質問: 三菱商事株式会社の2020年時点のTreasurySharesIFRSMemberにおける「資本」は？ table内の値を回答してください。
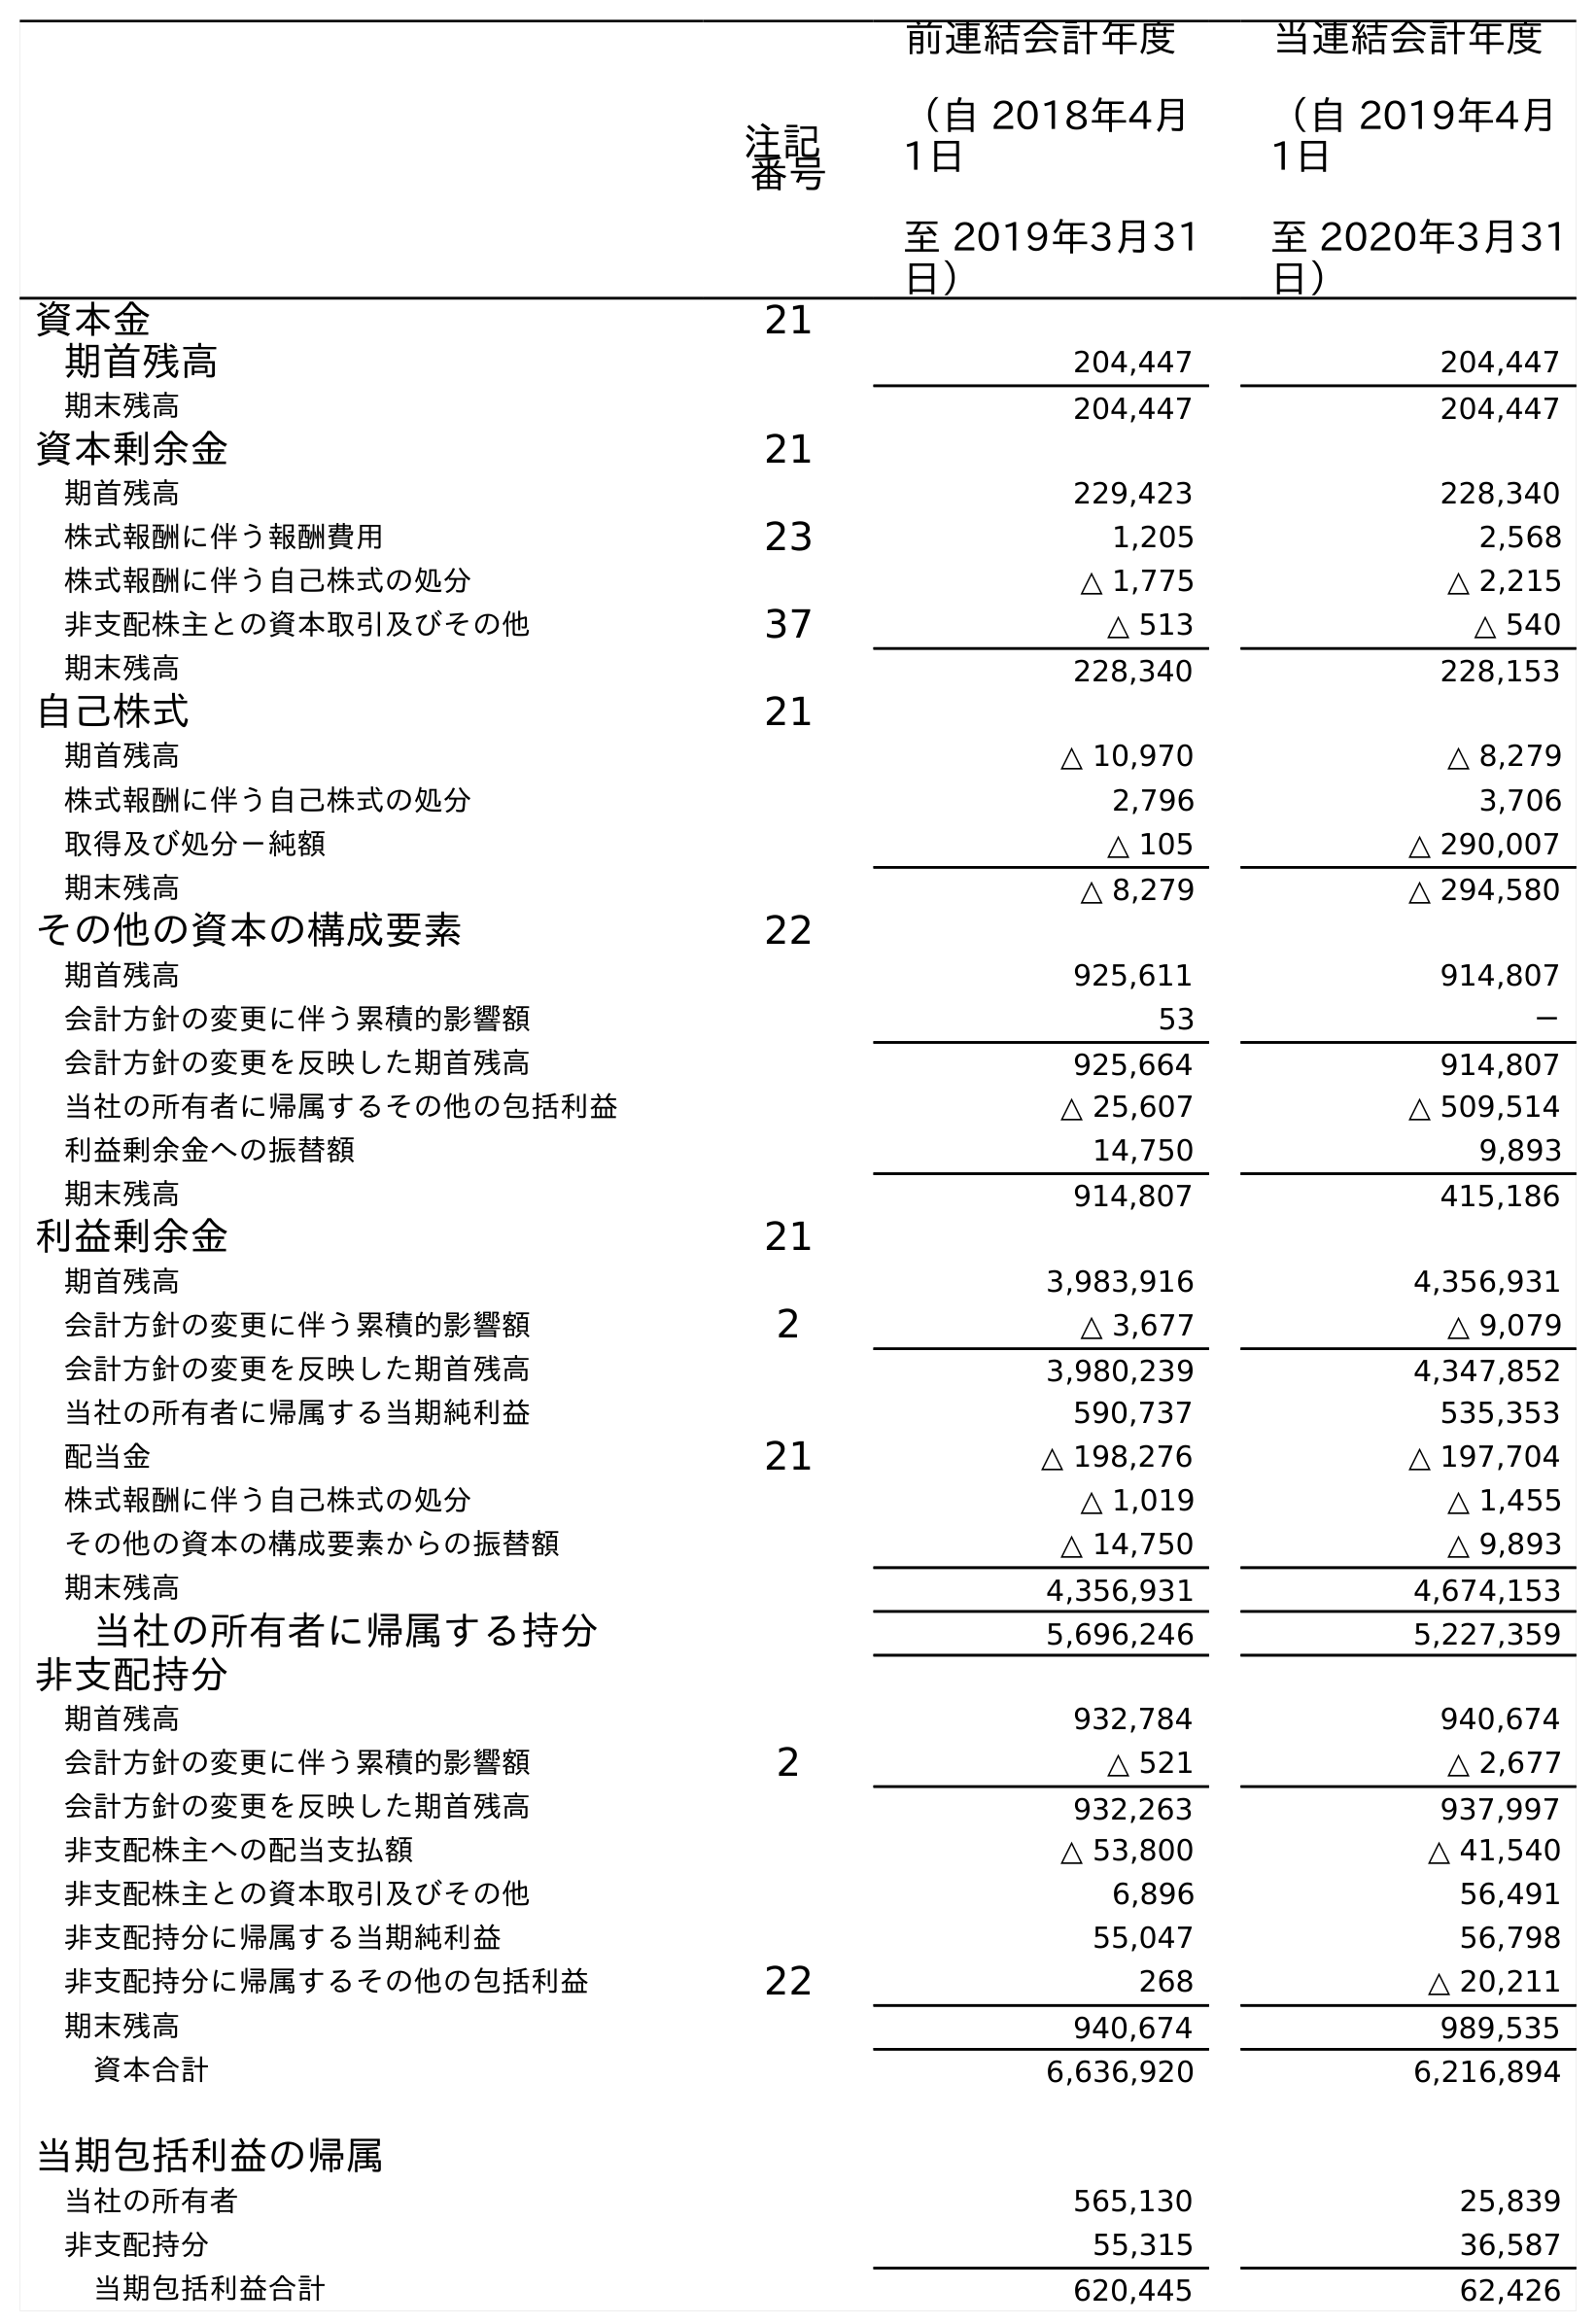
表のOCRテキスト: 注記 番号 前連結会計年度 （自 2018年4月 1日 至 2019年3月31 日） 当連結会計年度 （自 2019年4月 1日 至 2020年3月31 日） 資本金 21 期首残高 204,447 204,447 期末残高 204,447 204,447 資本剰余金 21 期首残高 229,423 228,340 株式報酬に伴う報酬費用 23 1,205 2,568 株式報酬に伴う自己株式の処分 △ 1,775 △ 2,215 非支配株主との資本取引及びその他 37 △ 513 △ 540 期末残高 228,340 228,153 自己株式 21 期首残高 △ 10,970 △ 8,279 株式報酬に伴う自己株式の処分 2,796 3,706 取得及び処分－純額 △ 105 △ 290,007 期末残高 △ 8,279 △ 294,580 その他の資本の構成要素 22 期首残高 925,611 914,807 会計方針の変更に伴う累積的影響額 53 － 会計方針の変更を反映した期首残高 925,664 914,807 当社の所有者に帰属するその他の包括利益 △ 25,607 △ 509,514 利益剰余金への振替額 14,750 9,893 期末残高 914,807 415,186 利益剰余金 21 期首残高 3,983,916 4,356,931 会計方針の変更に伴う累積的影響額 2 △ 3,677 △ 9,079 会計方針の変更を反映した期首残高 3,980,239 4,347,852 当社の所有者に帰属する当期純利益 590,737 535,353 配当金 21 △ 198,276 △ 197,704 株式報酬に伴う自己株式の処分 △ 1,019 △ 1,455 その他の資本の構成要素からの振替額 △ 14,750 △ 9,893 期末残高 4,356,931 4,674,153 当社の所有者に帰属する持分 5,696,246 5,227,359 非支配持分 期首残高 932,784 940,674 会計方針の変更に伴う累積的影響額 2 △ 521 △ 2,677 会計方針の変更を反映した期首残高 932,263 937,997 非支配株主への配当支払額 △ 53,800 △ 41,540 非支配株主との資本取引及びその他 6,896 56,491 非支配持分に帰属する当期純利益 55,047 56,798 非支配持分に帰属するその他の包括利益 22 268 △ 20,211 期末残高 940,674 989,535 資本合計 6,636,920 6,216,894 当期包括利益の帰属 当社の所有者 565,130 25,839 非支配持分 55,315 36,587 当期包括利益合計 620,445 62,426
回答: △294,580